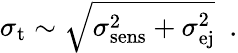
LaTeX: \sigma_{\mathrm{t}}\sim\sqrt{\sigma_{\mathrm{sens}}^{2}+\sigma_{\mathrm{ej}}^{2}}~~.